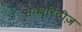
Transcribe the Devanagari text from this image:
सेक्यूरिटीज़